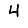
Digit: 4